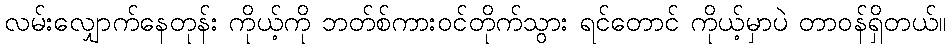
လမ်းလျှောက်နေတုန်း ကိုယ့်ကို ဘတ်စ်ကားဝင်တိုက်သွား ရင်တောင် ကိုယ့်မှာပဲ တာဝန်ရှိတယ်။